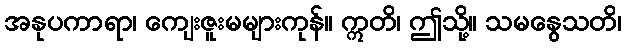
အနုပကာရာ၊ ကျေးဇူးမများကုန်။ ဣတိ၊ ဤသို့။ သမနွေသတိ၊